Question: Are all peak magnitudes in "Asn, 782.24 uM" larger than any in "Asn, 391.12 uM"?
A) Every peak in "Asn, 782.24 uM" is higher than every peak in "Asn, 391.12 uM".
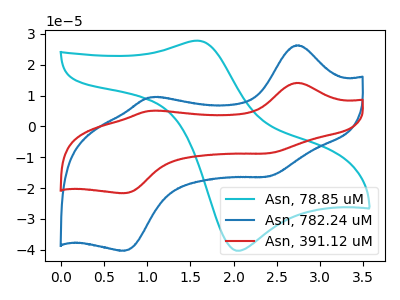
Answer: <think>The cyan curve "Asn, 78.85 uM" has an anodic peak at (1.60V, 27.85uA) and a cathodic peak at (2.05V, -40.30uA). The blue curve "Asn, 782.24 uM" has anodic peaks at (2.75V, 26.35uA) (1.05V, 9.50uA) and cathodic peaks at (2.40V, -16.25uA) (0.75V, -40.30uA). The red curve "Asn, 391.12 uM" has anodic peaks at (2.75V, 14.15uA) (1.05V, 5.10uA) and cathodic peaks at (2.40V, -8.70uA) (0.75V, -21.65uA).</think>
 <answer>A) Every peak in "Asn, 782.24 uM" is higher than every peak in "Asn, 391.12 uM".</answer>
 <eval>A</eval>